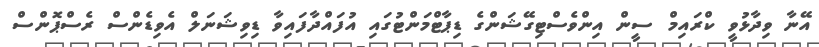
އޭނާ ވިދާޅުވީ ކްރައިމް ސީން އިންވެސްޓިގޭޝަންގެ ޑިޕާޓްމަންޓުގައި އުފައްދާފައިވާ ޑިވިޝަނަލް އެވިޑެންސް ރެސްޕޮންސް